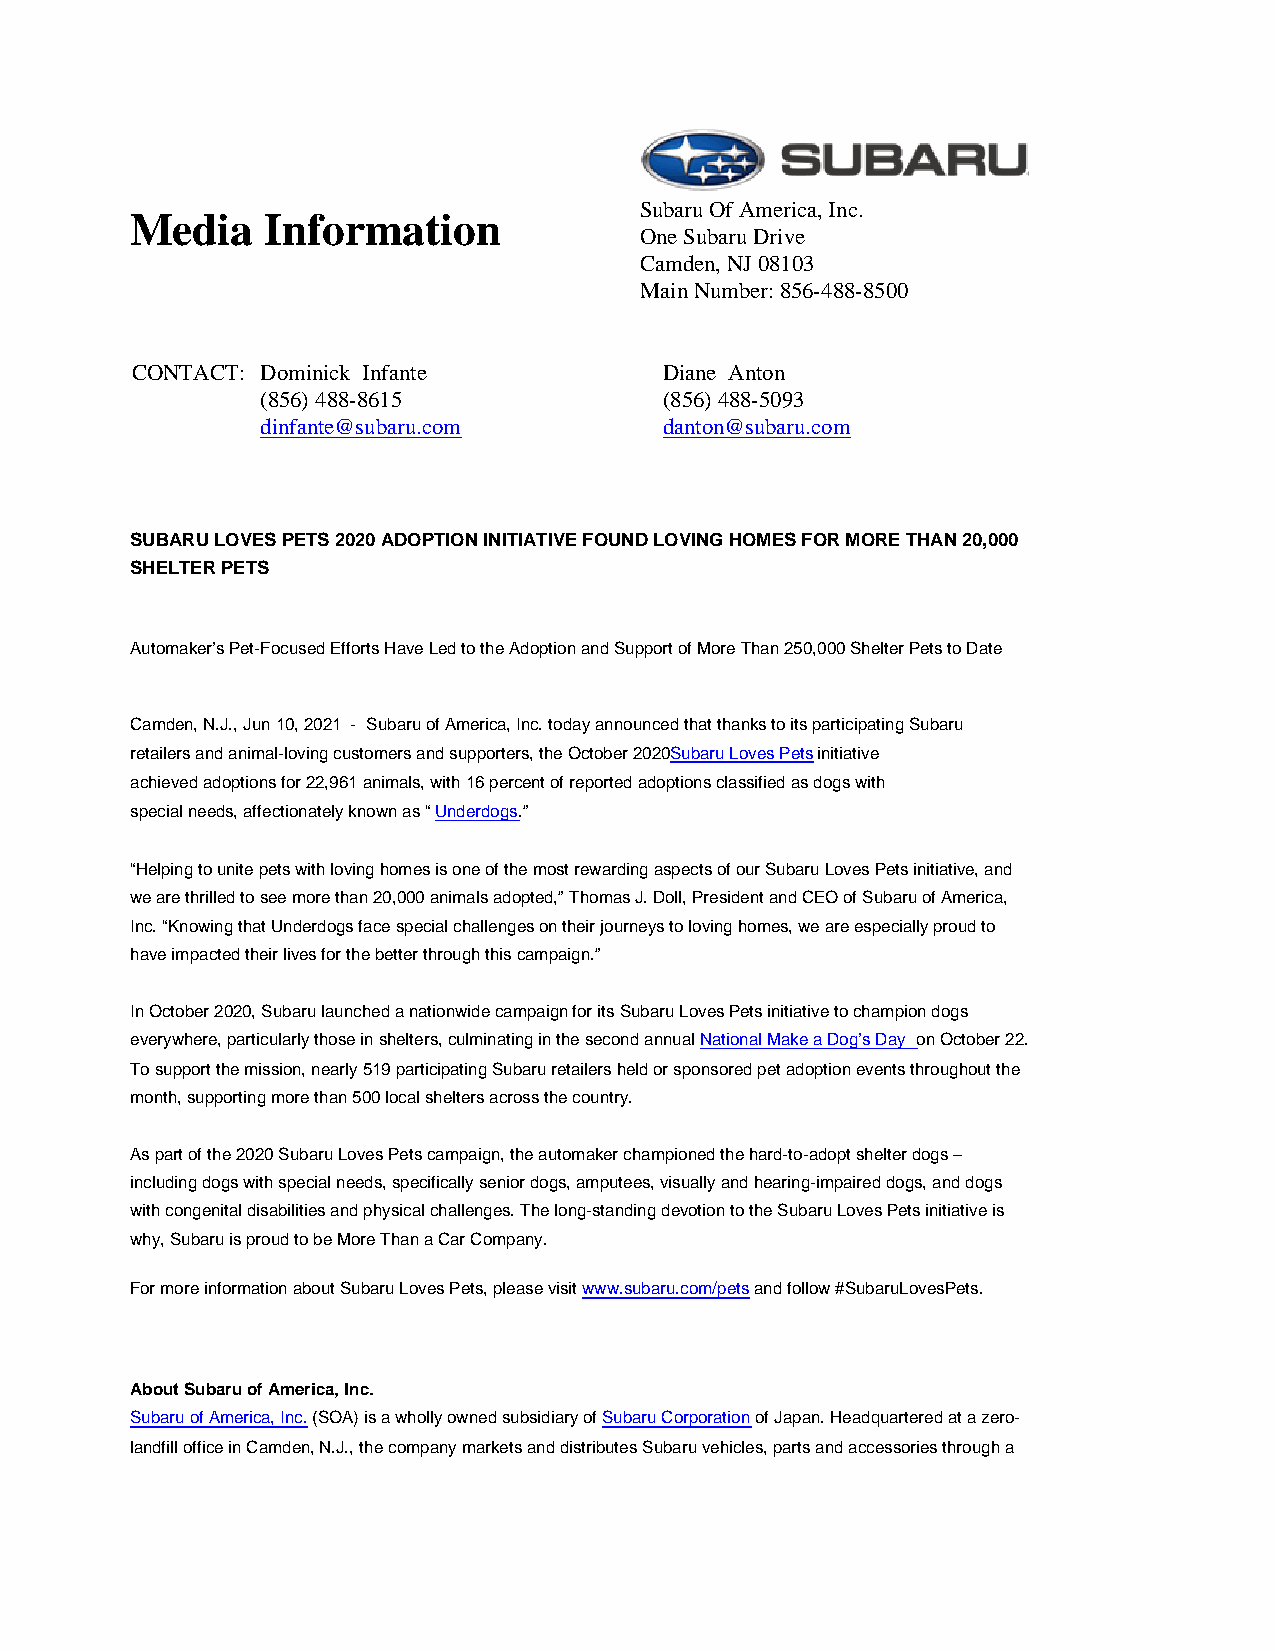
Subaru Of America, Inc.
 Media    Information
 One Subaru Drive
 Camden, NJ 08103
 Main Number: 856-488-8500
 CONTACT: Dominick Infante          Diane Anton
 (856) 488-8615             (856) 488-5093
 dinfante@subaru.com        danton@subaru.com
 SUBARU LOVES PETS 2020 ADOPTION INITIATIVE FOUND LOVING HOMES FOR MORE THAN 20,000
 SHELTER PETS
 Automaker’s Pet-Focused Efforts Have Led to the Adoption and Support of More Than 250,000 Shelter Pets to Date
 Camden, N.J., Jun 10, 2021 - Subaru of America, Inc. today announced that thanks to its participating Subaru
 retailers and animal-loving customers and supporters, the October 2020Subaru Loves Pets initiative
 achieved adoptions for 22,961 animals, with 16 percent of reported adoptions classified as dogs with
 special needs, affectionately known as “Underdogs.”
 “Helping to unite pets with loving homes is one of the most rewarding aspects of our Subaru Loves Pets initiative, and
 we are thrilled to see more than 20,000 animals adopted,” Thomas J. Doll, President and CEO of Subaru of America,
 Inc. “Knowing that Underdogs face special challenges on their journeys to loving homes, we are especially proud to
 have impacted their lives for the better through this campaign.”
 In October 2020, Subaru launched a nationwide campaign for its Subaru Loves Pets initiative to champion dogs
 everywhere, particularly those in shelters, culminating in the second annual National Make a Dog’s Day on October 22.
 To support the mission, nearly 519 participating Subaru retailers held or sponsored pet adoption events throughout the
 month, supporting more than 500 local shelters across the country.
 As part of the 2020 Subaru Loves Pets campaign, the automaker championed the hard-to-adopt shelter dogs –
 including dogs with special needs, specifically senior dogs, amputees, visually and hearing-impaired dogs, and dogs
 with congenital disabilities and physical challenges. The long-standing devotion to the Subaru Loves Pets initiative is
 why, Subaru is proud to be More Than a Car Company.
 For more information about Subaru Loves Pets, please visit www.subaru.com/pets and follow #SubaruLovesPets.
 About Subaru of America, Inc.
 Subaru of America, Inc. (SOA) is a wholly owned subsidiary of Subaru Corporation of Japan. Headquartered at a zero-
 landfill office in Camden, N.J., the company markets and distributes Subaru vehicles, parts and accessories through a